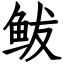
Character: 鲅